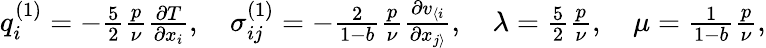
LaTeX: \begin{array}{r}{q_{i}^{(1)}=-\frac{5}{2}\frac{p}{\nu}\frac{\partial T}{\partial x_{i}},\quad\sigma_{ij}^{(1)}=-\frac{2}{1-b}\frac{p}{\nu}\frac{\partial v_{\langle i}}{\partial x_{j\rangle}},\quad\lambda=\frac{5}{2}\frac{p}{\nu},\quad\mu=\frac{1}{1-b}\frac{p}{\nu},}\end{array}